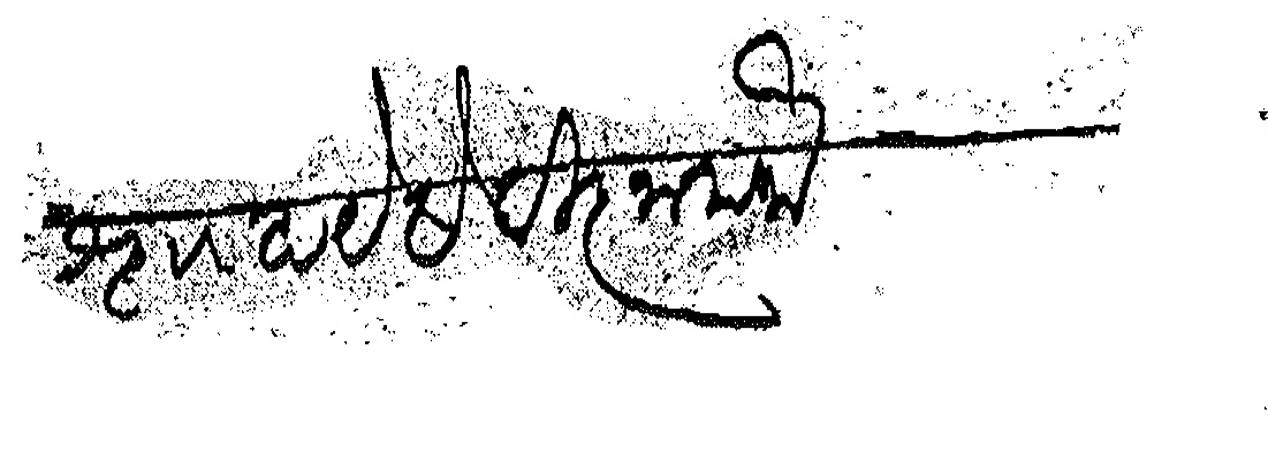
Transliteration (Devanagari): श्रुत होय हे विज्ञापना